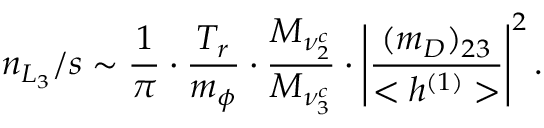
n _ { L _ { 3 } } / s \sim \frac { 1 } { \pi } \cdot \frac { T _ { r } } { m _ { \phi } } \cdot \frac { M _ { \nu _ { 2 } ^ { c } } } { M _ { \nu _ { 3 } ^ { c } } } \cdot \left| \frac { ( m _ { D } ) _ { 2 3 } } { < h ^ { ( 1 ) } > } \right| ^ { 2 } .